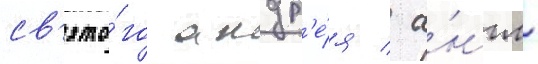
св'ято́го андр'е́я / а́нгл.